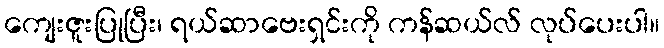
ကျေးဇူးပြုပြီး၊ ရယ်ဆာဗေးရှင်းကို ကန်ဆယ်လ် လုပ်ပေးပါ။